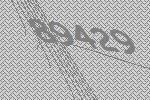
89429